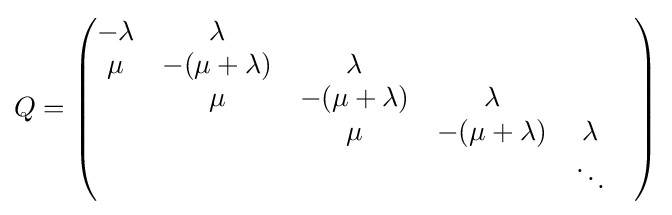
Q={\begin{pmatrix}-\lambda &\lambda \\\mu &-(\mu +\lambda )&\lambda \\&\mu &-(\mu +\lambda )&\lambda \\&&\mu &-(\mu +\lambda )&\lambda &\\&&&&\ddots \end{pmatrix}}